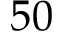
5 0